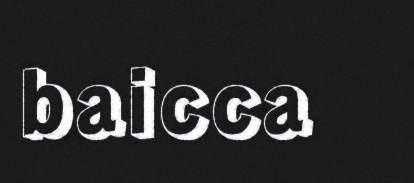
baicca